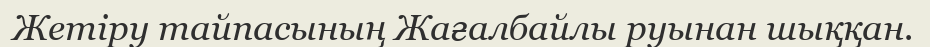
Жетіру тайпасының Жағалбайлы руынан шыққан.